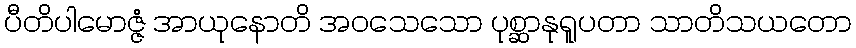
ပီတိပါမောဇ္ဇံ အာယုနောတိ အဝသေသော ပုစ္ဆာနုရူပတာ သာတိသယတော